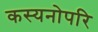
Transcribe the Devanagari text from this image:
कस्यनोपरि